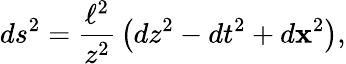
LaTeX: ds^{2}={\frac{\ell^{2}}{z^{2}}}\left(dz^{2}-dt^{2}+d{\mathbf x}^{2}\right),